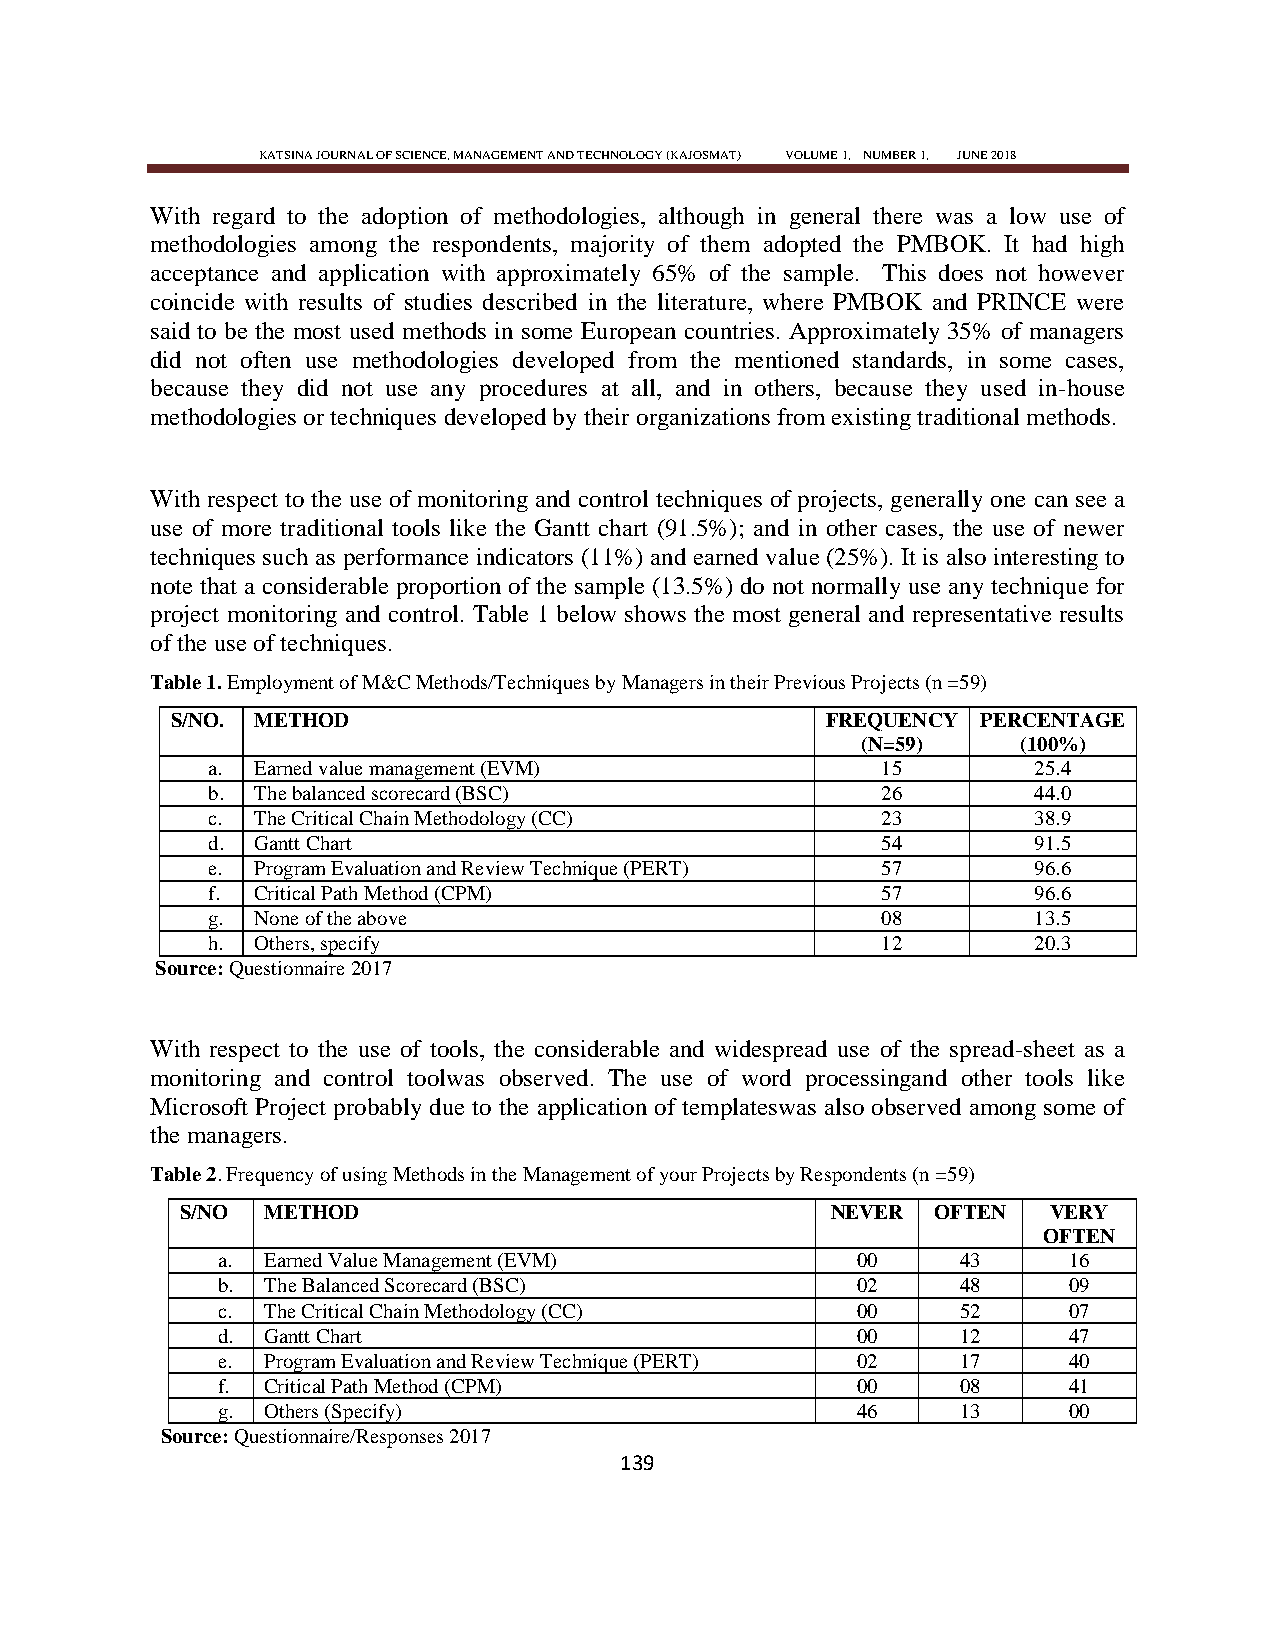
KATSINA JOURNAL OF SCIENCE, MANAGEMENT AND TECHNOLOGY (KAJOSMAT) VOLUME 1, NUMBER 1, JUNE 2018
 With regard to the adoption of methodologies, although in general there was a low use of
 methodologies among the respondents, majority of them adopted the PMBOK. It had high
 acceptance and application with approximately 65% of the sample. This does not however
 coincide with results of studies described in the literature, where PMBOK and PRINCE were
 said to be the most used methods in some European countries. Approximately 35% of managers
 did not often use methodologies developed from the mentioned standards, in some cases,
 because they did not use any procedures at all, and in others, because they used in-house
 methodologies or techniques developed by their organizations from existing traditional methods.
 With respect to the use of monitoring and control techniques of projects, generally one can see a
 use of more traditional tools like the Gantt chart (91.5%); and in other cases, the use of newer
 techniques such as performance indicators (11%) and earned value (25%). It is also interesting to
 note that a considerable proportion of the sample (13.5%) do not normally use any technique for
 project monitoring and control. Table 1 below shows the most general and representative results
 of the use of techniques.
 Table 1. Employment of M&C Methods/Techniques by Managers in their Previous Projects (n =59)
 S/NO. METHOD                                FREQUENCY PERCENTAGE
 (N=59)     (100%)
 a. Earned value management (EVM)            15        25.4
 b. The balanced scorecard (BSC)             26        44.0
 c. The Critical Chain Methodology (CC)      23        38.9
 d. Gantt Chart                              54        91.5
 e. Program Evaluation and Review Technique (PERT) 57  96.6
 f. Critical Path Method (CPM)               57        96.6
 g. None of the above                        08        13.5
 h. Others, specify                          12        20.3
 Source: Questionnaire 2017
 With respect to the use of tools, the considerable and widespread use of the spread-sheet as a
 monitoring and control toolwas observed. The use of word processingand other tools like
 Microsoft Project probably due to the application of templateswas also observed among some of
 the managers.
 Table 2. Frequency of using Methods in the Management of your Projects by Respondents (n =59)
 S/NO METHOD                                NEVER  OFTEN  VERY
 OFTEN
 a. Earned Value Management (EVM)           00     43     16
 b. The Balanced Scorecard (BSC)            02     48     09
 c. The Critical Chain Methodology (CC)     00     52     07
 d. Gantt Chart                             00     12     47
 e. Program Evaluation and Review Technique (PERT) 02 17  40
 f. Critical Path Method (CPM)              00     08     41
 g. Others (Specify)                        46     13     00
 Source: Questionnaire/Responses 2017
 139